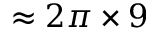
\approx 2 \pi \times 9